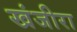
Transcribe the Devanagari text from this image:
खंजीरा